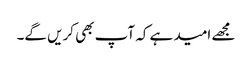
مجھے امید ہے کہ آپ بھی کریں گے۔